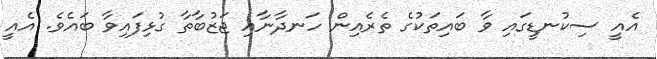
އެއީ ސިކުނޑީގައި ވާ ބައިތަކުގެ ތެރެއިން ހަނދާނާއި ޖަޒުބާތާ ގުޅިފައިވާ ބައެވެ. އެއީ